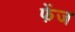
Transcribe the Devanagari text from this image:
फेंज